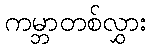
ကမ္ဘာတစ်လွှား